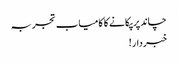
چاند پر پکانے کا کامیاب تجربہ
خبردار!